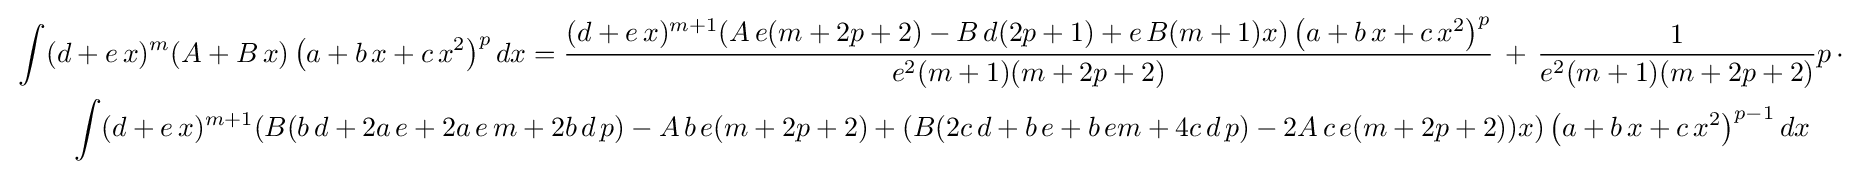
{\begin{aligned}&\int (d+e\,x)^{m}(A+B\,x)\left(a+b\,x+c\,x^{2}\right)^{p}dx={\frac {(d+e\,x)^{m+1}(A\,e(m+2p+2)-B\,d(2p+1)+e\,B(m+1)x)\left(a+b\,x+c\,x^{2}\right)^{p}}{e^{2}(m+1)(m+2p+2)}}\,+\,{\frac {1}{e^{2}(m+1)(m+2p+2)}}p\,\cdot \\&\qquad \int (d+e\,x)^{m+1}(B(b\,d+2a\,e+2a\,e\,m+2b\,d\,p)-A\,b\,e(m+2p+2)+(B(2c\,d+b\,e+b\,em+4c\,d\,p)-2A\,c\,e(m+2p+2))x)\left(a+b\,x+c\,x^{2}\right)^{p-1}dx\end{aligned}}